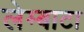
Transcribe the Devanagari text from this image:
लेम्बाटा